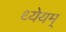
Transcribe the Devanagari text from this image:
ध्येयम्‌